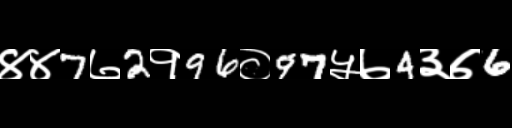
Text: ४४7७2१96०97५७4३७6